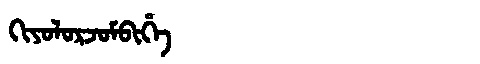
Manchu: ᡴᡳᠶᠣᠯᠣᡵᠵᠣᠮᠪᡳᡥᡝ
Romanization: KIYOLORJOMBIHE